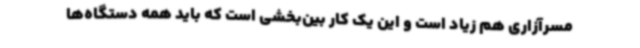
مسرآزاری هم زیاد است و این یک کار بین‌بخشی است که باید همه دستگاه‌ها